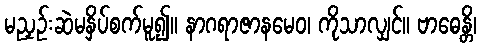
မညှဉ်းဆဲမနှိပ်စက်မူ၍။ နာဂရာဇာနမေဝ၊ ကိုသာလျှင်။ ဗာဓေန္တိ၊